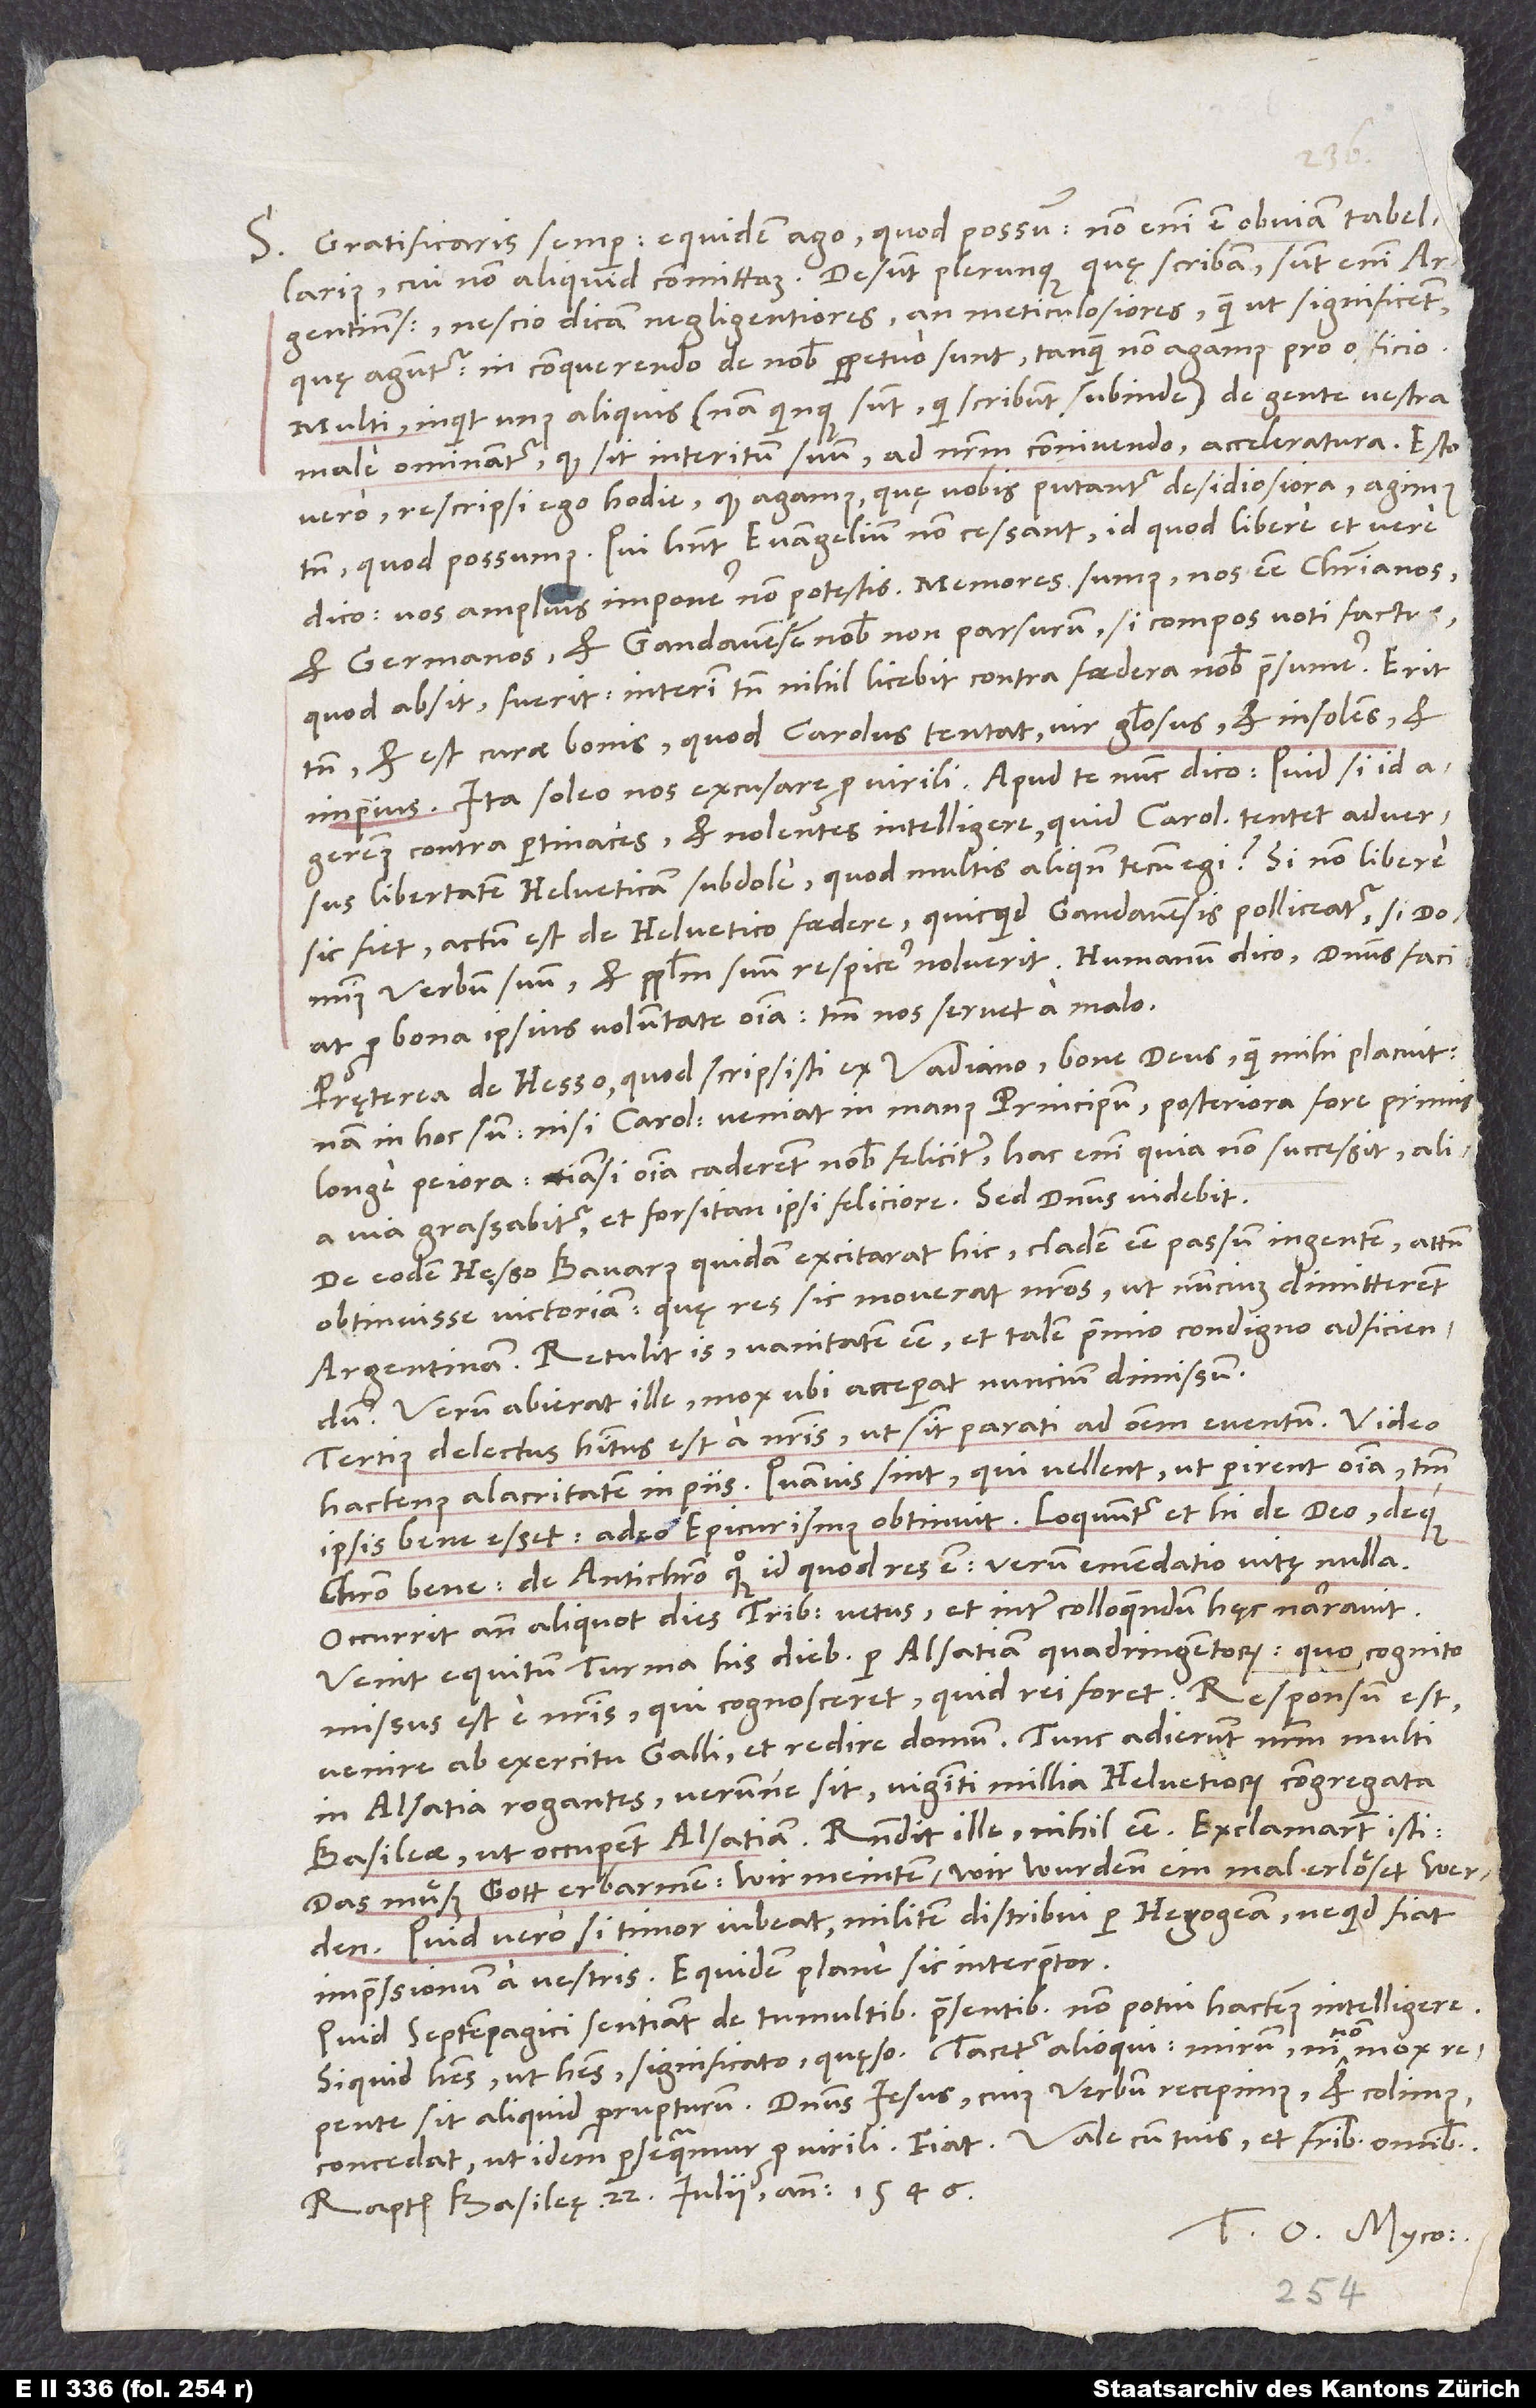
S. Gratificaris semper. Equidem ago, quod possum. Non enim est obviam tabellarius,
Argentinenses nescio dicam negligentiores an meticulosiores, quam ut significent,
quę aguntur. In conquerendo de nobis perpetuo sunt, tanquam non agamus pro officio.
„Multi,“ inquit unus aliquis (nam quinque sunt, qui scribunt subinde), „de gente vestra
male ominantur, quod sit interitum suum ad nostrum connivendo acceleratura.“ „Esto
vero,“ rescripsi ego hodie, „quod agamus, quę vobis videntur desidiosiora. Agimus
tamen, quod possumus. Qui habent evangelium, non cessant - id quod libere et vere
dico. Vos amplius imponere non potestis. Memores sumus nos esse christianos
et Germanos, et Gandavensem nobis non parsurum, si compos voti factus
(quod absit) fuerit. Interim tamen nihil licebit contra foedera nobis praesumere! Erit
tamen et est curae bonis, quod Carolus tentat - vir gloriosus et insolens et
impius.“ Ita soleo nos excusare pro virili. Apud te nunc dico: Quid, si id
ageremus contra pertinaces et nolentes intelligere, quid Carolus tentet adversus
libertatem Helveticam subdole (quod multis aliquando tecum egi)? Si non libere
sic fiet, actum est de Helvetico foedere (quicquid Gandavensis polliceatur), si dominus
verbum suum et populum suum respicere noluerit. Humanum dico. Dominus faciat
pro bona ipsius voluntate omnia. Tantum nos servet a malo!
Pręterea de Hesso, quod scripsisti ex Vadiano, bone deus, quam mihi placuit!
Nam in hoc sum: Nisi Carolus veniat in manus principum, posteriora fore primis
longe peiora, etiamsi omnia caderent nobis feliciter. Hac enim, quia non successit, alia
via grassabitur, et forsitan ipsi feliciore. Sed dominus videbit.
De eodem Hesso Bavarus quidam excitarat hic cladem esse passum ingentem, attamen
obtinuisse victoriam. Quę res sic moverat nostros, ut nuncium dimitterent
Argentinam. Retulit is vanitatem esse et talem praemio condigno adficiendum.
Verum abierat ille mox, ubi acceperat nuncium dimissum.
Tertius delectus habitus est a nostris, ut sint parati ad omnem eventum. Video
hactenus alacritatem in piis, quamvis sint, qui vellent, ut perirent omnia, tantum
ipsis bene esset - adeo Epicurismus obtinuit. Loquuntur et hi de deo deque
Christo bene, de antichristo quoque, id quod res est, verum emendatio vitę nulla!
Occurrit ante aliquot dies tribunus vetus et inter colloquendum hęc narravit:
Venit equitum turma his diebus per Alsatiam quadringentorum.
missus est e nostris, qui cognosceret, quid rei foret. Responsum est
venire ab exercitu Galli et redire domum. Tunc adierunt nostrum multi
in Alsatia rogantes, verumne sint viginti millia Helvetiorum congregata
Basileae, ut occupent Alsatiam. Respondit ille nihil esse. Exclamarunt isti:
„Das muͤß gott erbarmen! Wir meinten, wir wurdenn einmal erloͤset werden!“
Quid vero, si timor iubeat militem distribui per Hegogeam, ne quid fiat
impressionum a vestris? Equidem plane sic interpretor.
Quid Septempagici sentiant de tumultibus praesentibus, non potui hactenus intelligere.
repente sit aliquid prorupturum. Dominus Iesus, cuius verbum recepimus et colimus,
Raptim, Basileę, 22. iulii anno 1546.
Tuus O. Myco.